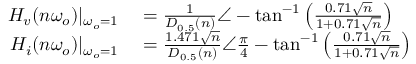
\begin{array} { r l } { H _ { v } ( n \omega _ { o } ) | _ { \omega _ { o } = 1 } } & { { } = \frac { 1 } { D _ { 0 . 5 } ( n ) } \angle - \tan ^ { - 1 } \left( \frac { 0 . 7 1 \sqrt { n } } { 1 + 0 . 7 1 \sqrt { n } } \right) } \\ { H _ { i } ( n \omega _ { o } ) | _ { \omega _ { o } = 1 } } & { { } = \frac { 1 . 4 7 1 \sqrt { n } } { D _ { 0 . 5 } ( n ) } \angle \frac { \pi } { 4 } - \tan ^ { - 1 } \left( \frac { 0 . 7 1 \sqrt { n } } { 1 + 0 . 7 1 \sqrt { n } } \right) } \end{array}